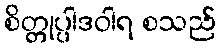
စိတ္တုပ္ပါဒဝါရ စသည်